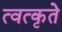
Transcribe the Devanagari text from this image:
त्वत्कृते